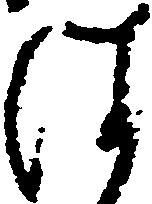
は